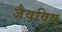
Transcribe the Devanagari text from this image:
जैवविष